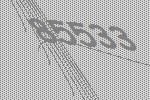
85533